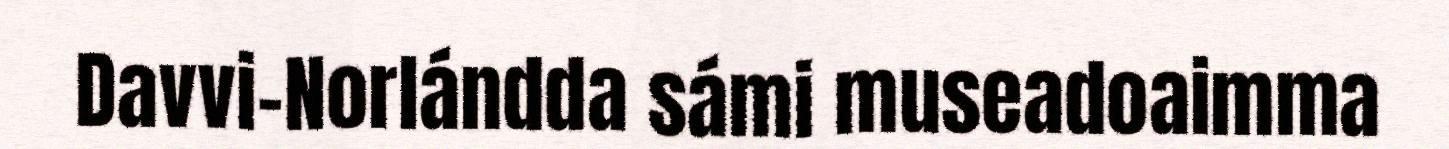
Davvi-Norlándda sámi museadoaimma